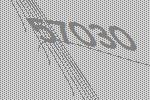
57030